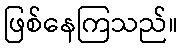
ဖြစ်နေကြသည်။